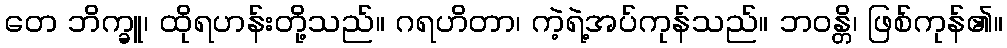
တေ ဘိက္ခူ၊ ထိုရဟန်းတို့သည်။ ဂရဟိတာ၊ ကဲ့ရဲ့အပ်ကုန်သည်။ ဘဝန္တိ၊ ဖြစ်ကုန်၏။